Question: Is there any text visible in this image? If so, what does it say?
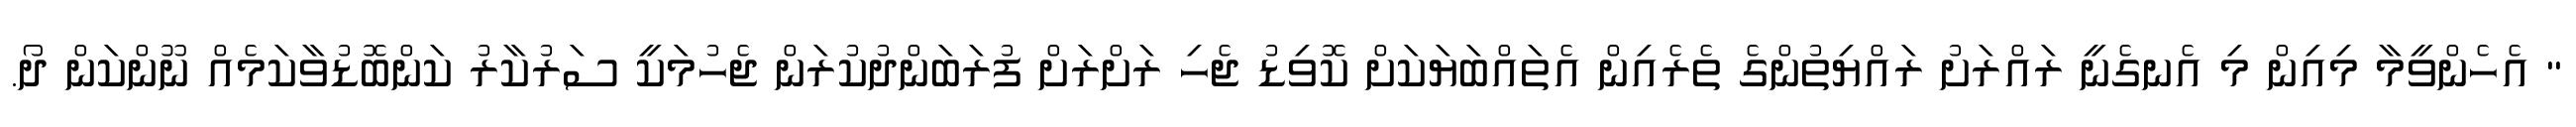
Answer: " އެހެންވީމާ މިއިން މި އެނގެނީ ރައްރަށު ރައްޔިތުންގެ ތެރެއިން އެތައްބަޔަކަށް ކޮވިޑު ޖެހި ރަށްރަށް ފުރަބަންދުކުރަން ޖެހުމަކީ ސަރުކާރު ކަންބޮޑުވާކަމެއް ނޫންކަން ދޯ.